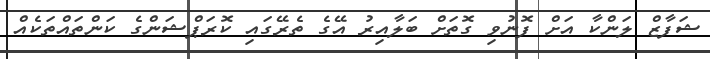
ޝަފާޒް ލަންކާ އަށް ފޮނުވި ގޮތަށް ބަލާއިރު އޭގެ ތެރޭގައި ކޮރަޕްޝަންގެ ކަންތައްތަކެއް